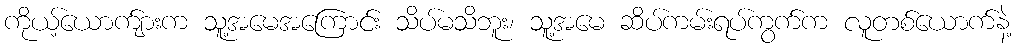
ကိုယ့်ယောက်ျားက သူ့အမေအကြောင်း သိပ်မသိဘူး၊ သူ့အမေ ဆိပ်ကမ်းရပ်ကွက်က လူတစ်ယောက်နဲ့